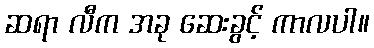
ဆရာ လီက အခု ဆေးခွင့် ကာလပါ။